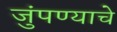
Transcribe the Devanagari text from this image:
जुंपण्याचे